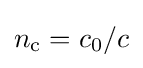
n_{\text{c}}=c_{0}/c